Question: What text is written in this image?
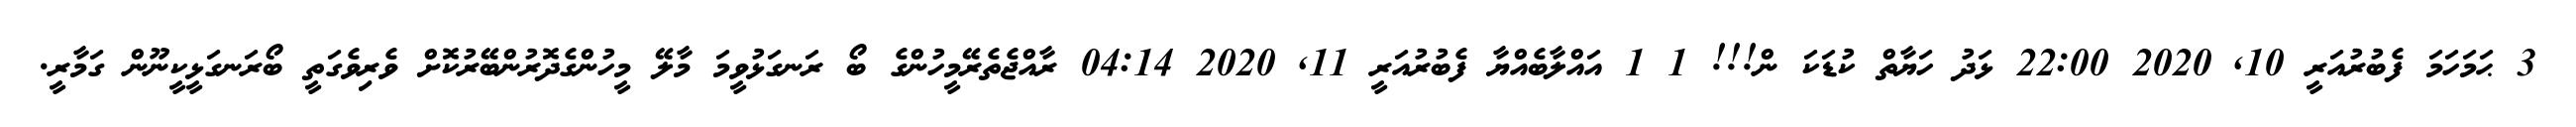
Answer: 3 ޙަމަހަމަ ފެބުރުއަރީ 10, 2020 22:00 ޅަދު ހަޔާތް ކުޑަކަ ން!!! 1 1 އައްލާބެއްޔާ ފެބުރުއަރީ 11, 2020 04:14 ރާއްޖެތެރޭމީހުންގެ ބޯ ރަނގަޅުވީމަ މާލޭ މީހުންގެދޮރުންބޭރުކޮށް ވެރިވެގަތީ ބޯރަނގަޅީކީނޫން ގަމާރީ.